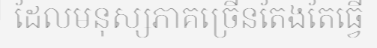
ដែលមនុស្សភាគច្រើនតែងតែធ្វើ